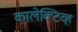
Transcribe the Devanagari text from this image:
कालेक्टिव्ह